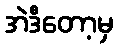
အဲဒီတော့မှ